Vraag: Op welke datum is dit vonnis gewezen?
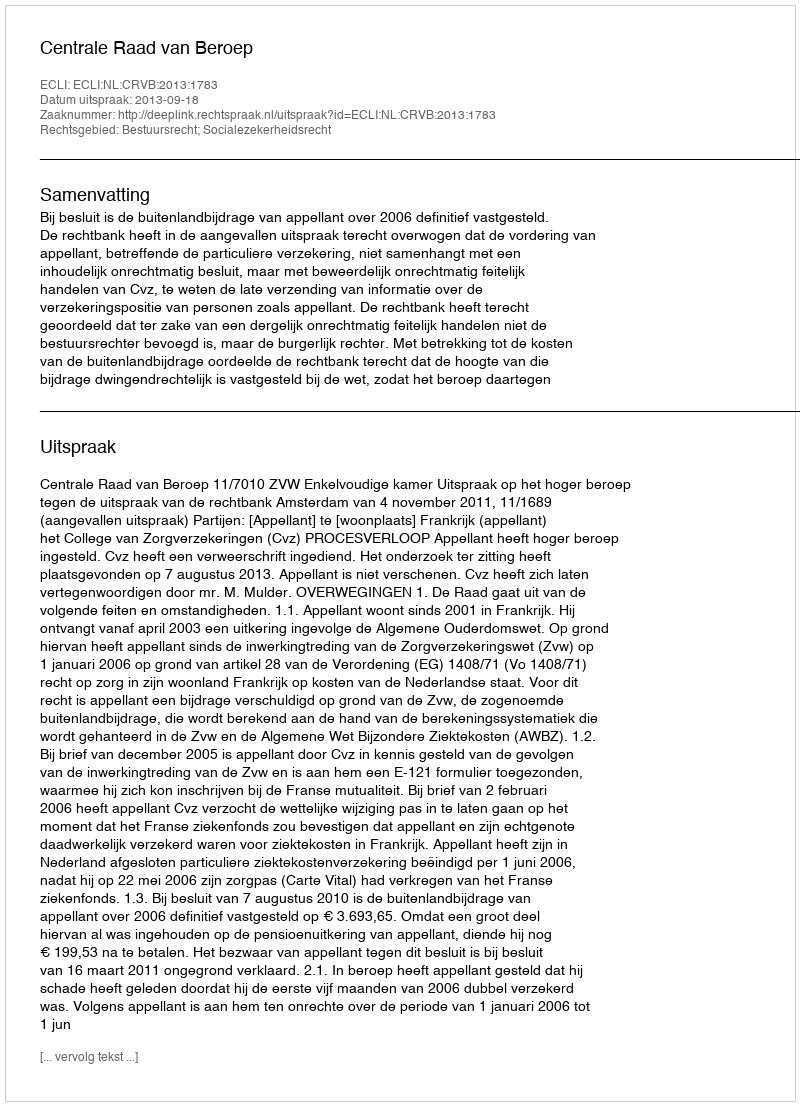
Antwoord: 2013-09-18